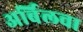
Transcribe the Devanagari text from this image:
अर्बिलचा